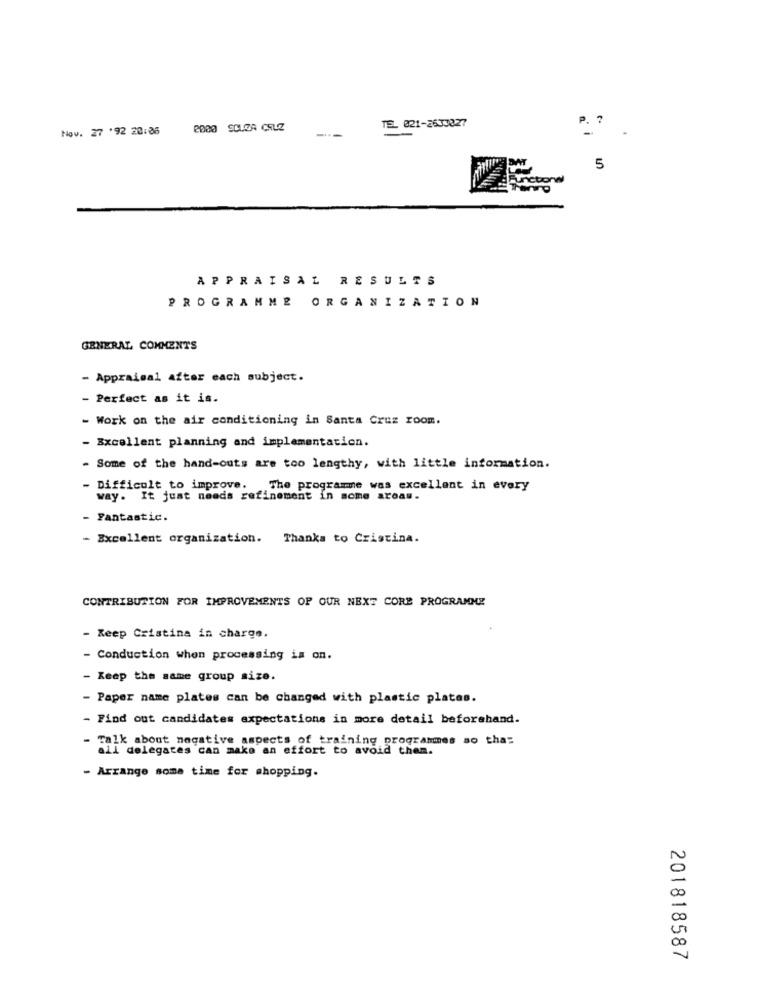
TEL 021-2633327
Nov. 27 '92 20:06
--
5
APPRAISAL RESULTS
PROGRAMME ORGANIZATION
GENERAL COMMENTS
- Appraisal after each subject.
- Perfect as it is.
- Work on the air conditioning in Santa Cruz room.
- Excellent planning and implementation.
- Some of the hand-outs are too lengthy, with little information.
- Difficult to improve. The programme was excellent in every
way. It just needs refinement in some areas.
- Fantastic.
- Excellent organization. Thanks to Cristina.
CONTRIBUTION FOR IMPROVEMENTS OF OUR NEXT CORE PROGRAMME
- Keep Cristina in charge.
- Conduction when processing is on.
- Keep the same group size.
- Paper name plates can be changed with plastic plates.
- Find out candidates expectations in more detail beforehand.
Talk about negative aspects of training programmes so that
all delegates can make an effort to avoid then.
- Arrange some time for shopping.
20
00
201818587